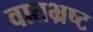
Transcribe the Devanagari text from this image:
वातभ्रष्ट